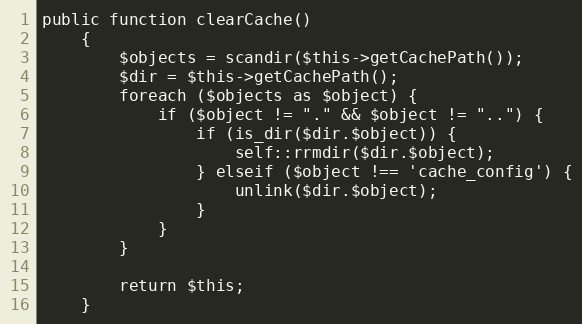
Language: PHP
public function clearCache()
    {
        $objects = scandir($this->getCachePath());
        $dir = $this->getCachePath();
        foreach ($objects as $object) {
            if ($object != "." && $object != "..") {
                if (is_dir($dir.$object)) {
                    self::rrmdir($dir.$object);
                } elseif ($object !== 'cache_config') {
                    unlink($dir.$object);
                }
            }
        }

        return $this;
    }